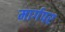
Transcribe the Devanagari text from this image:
मार्गपर